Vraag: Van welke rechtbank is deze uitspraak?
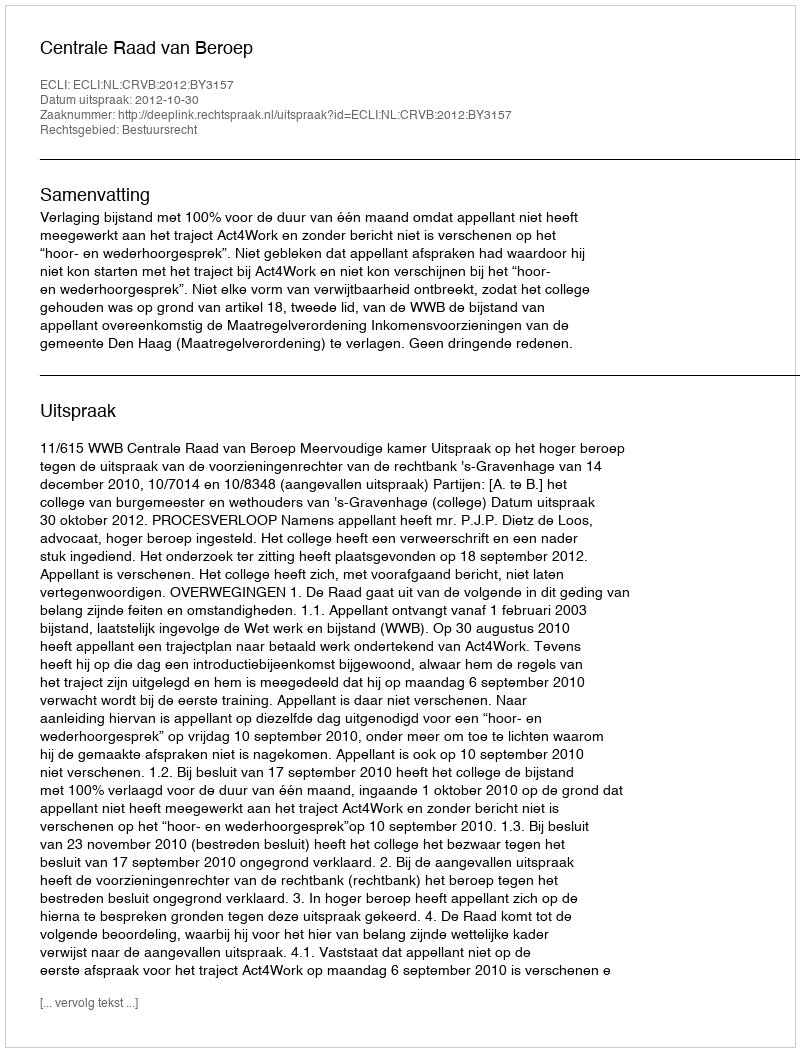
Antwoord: Centrale Raad van Beroep